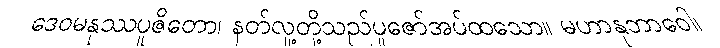
ဒေဝမနုဿပူဇိတော၊ နတ်လူ့တို့သည်ပူဇော်အပ်ထသော။ မဟာနုဘာဝေါ၊